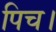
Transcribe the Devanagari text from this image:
पिच।